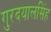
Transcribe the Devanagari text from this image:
गुरदयालसिंह